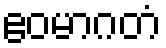
ဧဝမာဂတံ